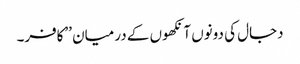
دجال کی دونوں آنکھوں کے درمیان ’’کافر۔